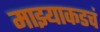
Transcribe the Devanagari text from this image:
माझ्याकडचं